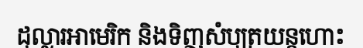
ដុល្លារអាមេរិក និងទិញសំបុត្រយន្តហោះ